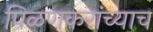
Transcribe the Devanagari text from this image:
पिळणकरांच्याच